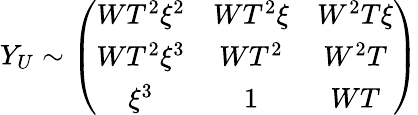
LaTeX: Y_{U}\sim\left(\begin{array}{ccc}{{WT^{2}\xi^{2}}}&{{WT^{2}\xi}}&{{W^{2}T\xi}}\\ {{WT^{2}\xi^{3}}}&{{WT^{2}}}&{{W^{2}T}}\\ {{\xi^{3}}}&{{1}}&{{WT}}\end{array}\right)